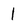
Character: 1